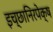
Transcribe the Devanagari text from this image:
इच्छानिरपेक्ष